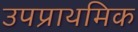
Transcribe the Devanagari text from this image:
उपप्राथमिक